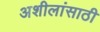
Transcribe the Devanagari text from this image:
अशीलांसाठी